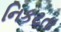
નિકટતા